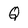
Character: Q